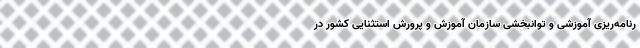
رنامه‌ریزی آموزشی و توانبخشی سازمان آموزش و پرورش استثنایی کشور در